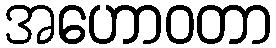
အဟောဝတာ